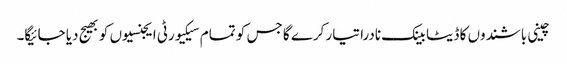
چینی باشندوں کا ڈیٹا بینک نادرا تیار کرے گا جس کو تمام سیکیورٹی ایجنسیوں کو بھیج دیا جائیگا۔